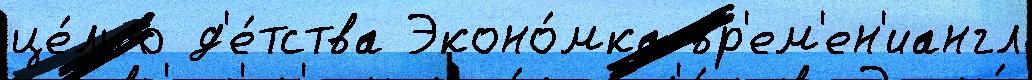
це́лью д'е́тства Эконо́мка вр'ем'ен'иангл